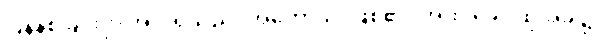
ပြန်နစ်ခြင်းငှာ အလိုရှိသည်။ အဟောသိ၊ ဖြစ်၏။ အထ ခေါ၊ ထိုအခါ၌။